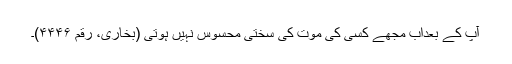
آپ کے بعداب مجھے کسی کی موت کی سختی محسوس نہیں ہوتی (بخاری، رقم ۴۴۴۶)۔